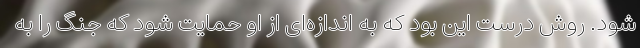
شود. روش درست این بود که به اندازه‌ای از او حمایت شود که جنگ را به